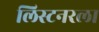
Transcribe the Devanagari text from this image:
लिस्टनरला